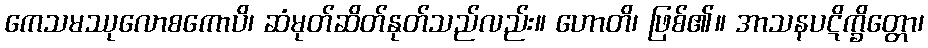
ကေသမဿုလောစကောပိ၊ ဆံမုတ်ဆိတ်နုတ်သည်လည်း။ ဟောတိ၊ ဖြစ်၏။ အာသနပဋိက္ခိတ္တော၊